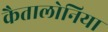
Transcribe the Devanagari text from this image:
कैतालोनिया